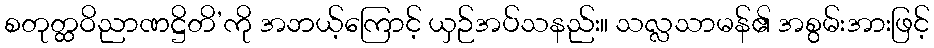
စတုတ္ထဝိညာဏဋ္ဌိတိ’ကို အဘယ့်ကြောင့် ယှဉ်အပ်သနည်း။ သလ္လသာမန်၏ အစွမ်းအားဖြင့်